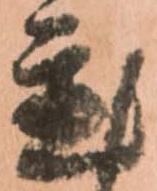
置